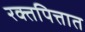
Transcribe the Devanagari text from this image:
रक्तपित्तात